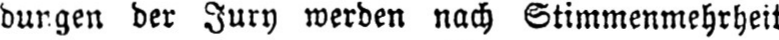
dungen der Jury werden nach Stimmenmehrheit